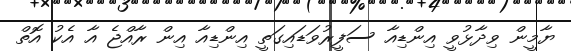
ޔާމީން ވިދާޅުވީ އިންޑިއާ ސަފީރުވަޑައިގަތީ އިންޑިއާ އިން ރާއްޖެ އާ އެކު އޮތް